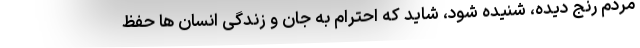
مردم رنج دیده، شنیده شود، شاید که احترام به جان و زندگی انسان ها حفظ